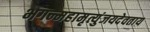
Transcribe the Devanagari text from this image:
भगन्महामृत्युंजयदेवताय